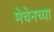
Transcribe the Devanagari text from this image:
मेचेनच्या